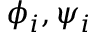
\phi _ { i } , \psi _ { i }